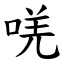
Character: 唴